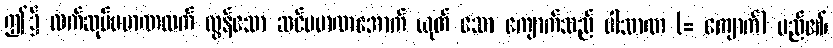
ဤ၌ လက်ဆုပ်ပမာဏထက် လွန်သော ဆင်ပမာဏအောက် ယုတ် သော ကျောက်သည် ပါသာဏ (= ကျောက်) မည်၏၊